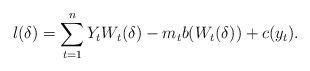
LaTeX: \begin{align*}l(\delta)= \sum_{t=1}^n Y_tW_t(\delta)-m_t b(W_t(\delta))+ c(y_t).\end{align*}